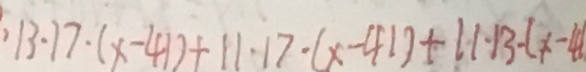
\cdot 1 3 . 1 7 \cdot ( x - 4 1 ) + 1 1 \cdot 1 7 \cdot ( x - 4 1 ) + 1 1 \cdot 1 3 \cdot ( x - 4 1